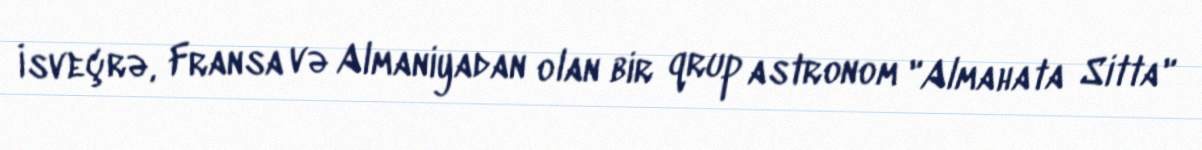
İsveçrə, Fransa və Almaniyadan olan bir qrup astronom "Almahata Sitta"